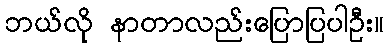
ဘယ်လို နာတာလည်းပြောပြပါဦး။